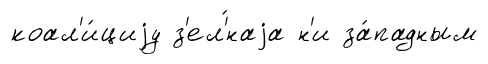
коал'и́циjу з'ел'́наjа н'и за́падным